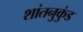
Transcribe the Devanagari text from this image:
शांतनुकुंड